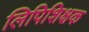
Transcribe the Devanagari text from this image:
लिपिशिक्षक